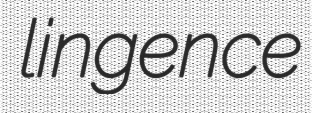
lingence